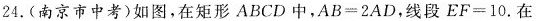
24.(南京市中考)如图，在矩形ABCD中，$$A B = 2 A D$$，线段$$E F = 1 0$$.在